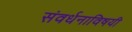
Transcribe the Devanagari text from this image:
संवर्धनाविषयी